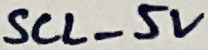
Text: SCL_5V